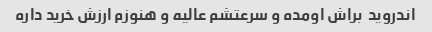
اندروید  براش اومده و سرعتشم عالیه و هنوزم ارزش خرید داره